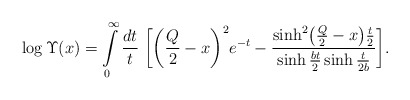
\begin{align*}\log\Upsilon(x)=\int\limits_0^\infty\frac{dt}{t}\;\biggl[\biggl(\frac{Q}{2}-x\biggr)^2e^{-t}-\frac{\sinh^2\bigl(\frac{Q}{2}-x\bigr)\frac{t}{2}}{\sinh\frac{bt}{2}\sinh\frac{t}{2b}}\biggr].\end{align*}